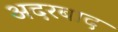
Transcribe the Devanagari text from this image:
अदरबाद